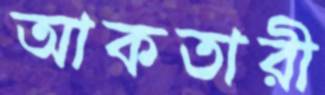
আকতারী